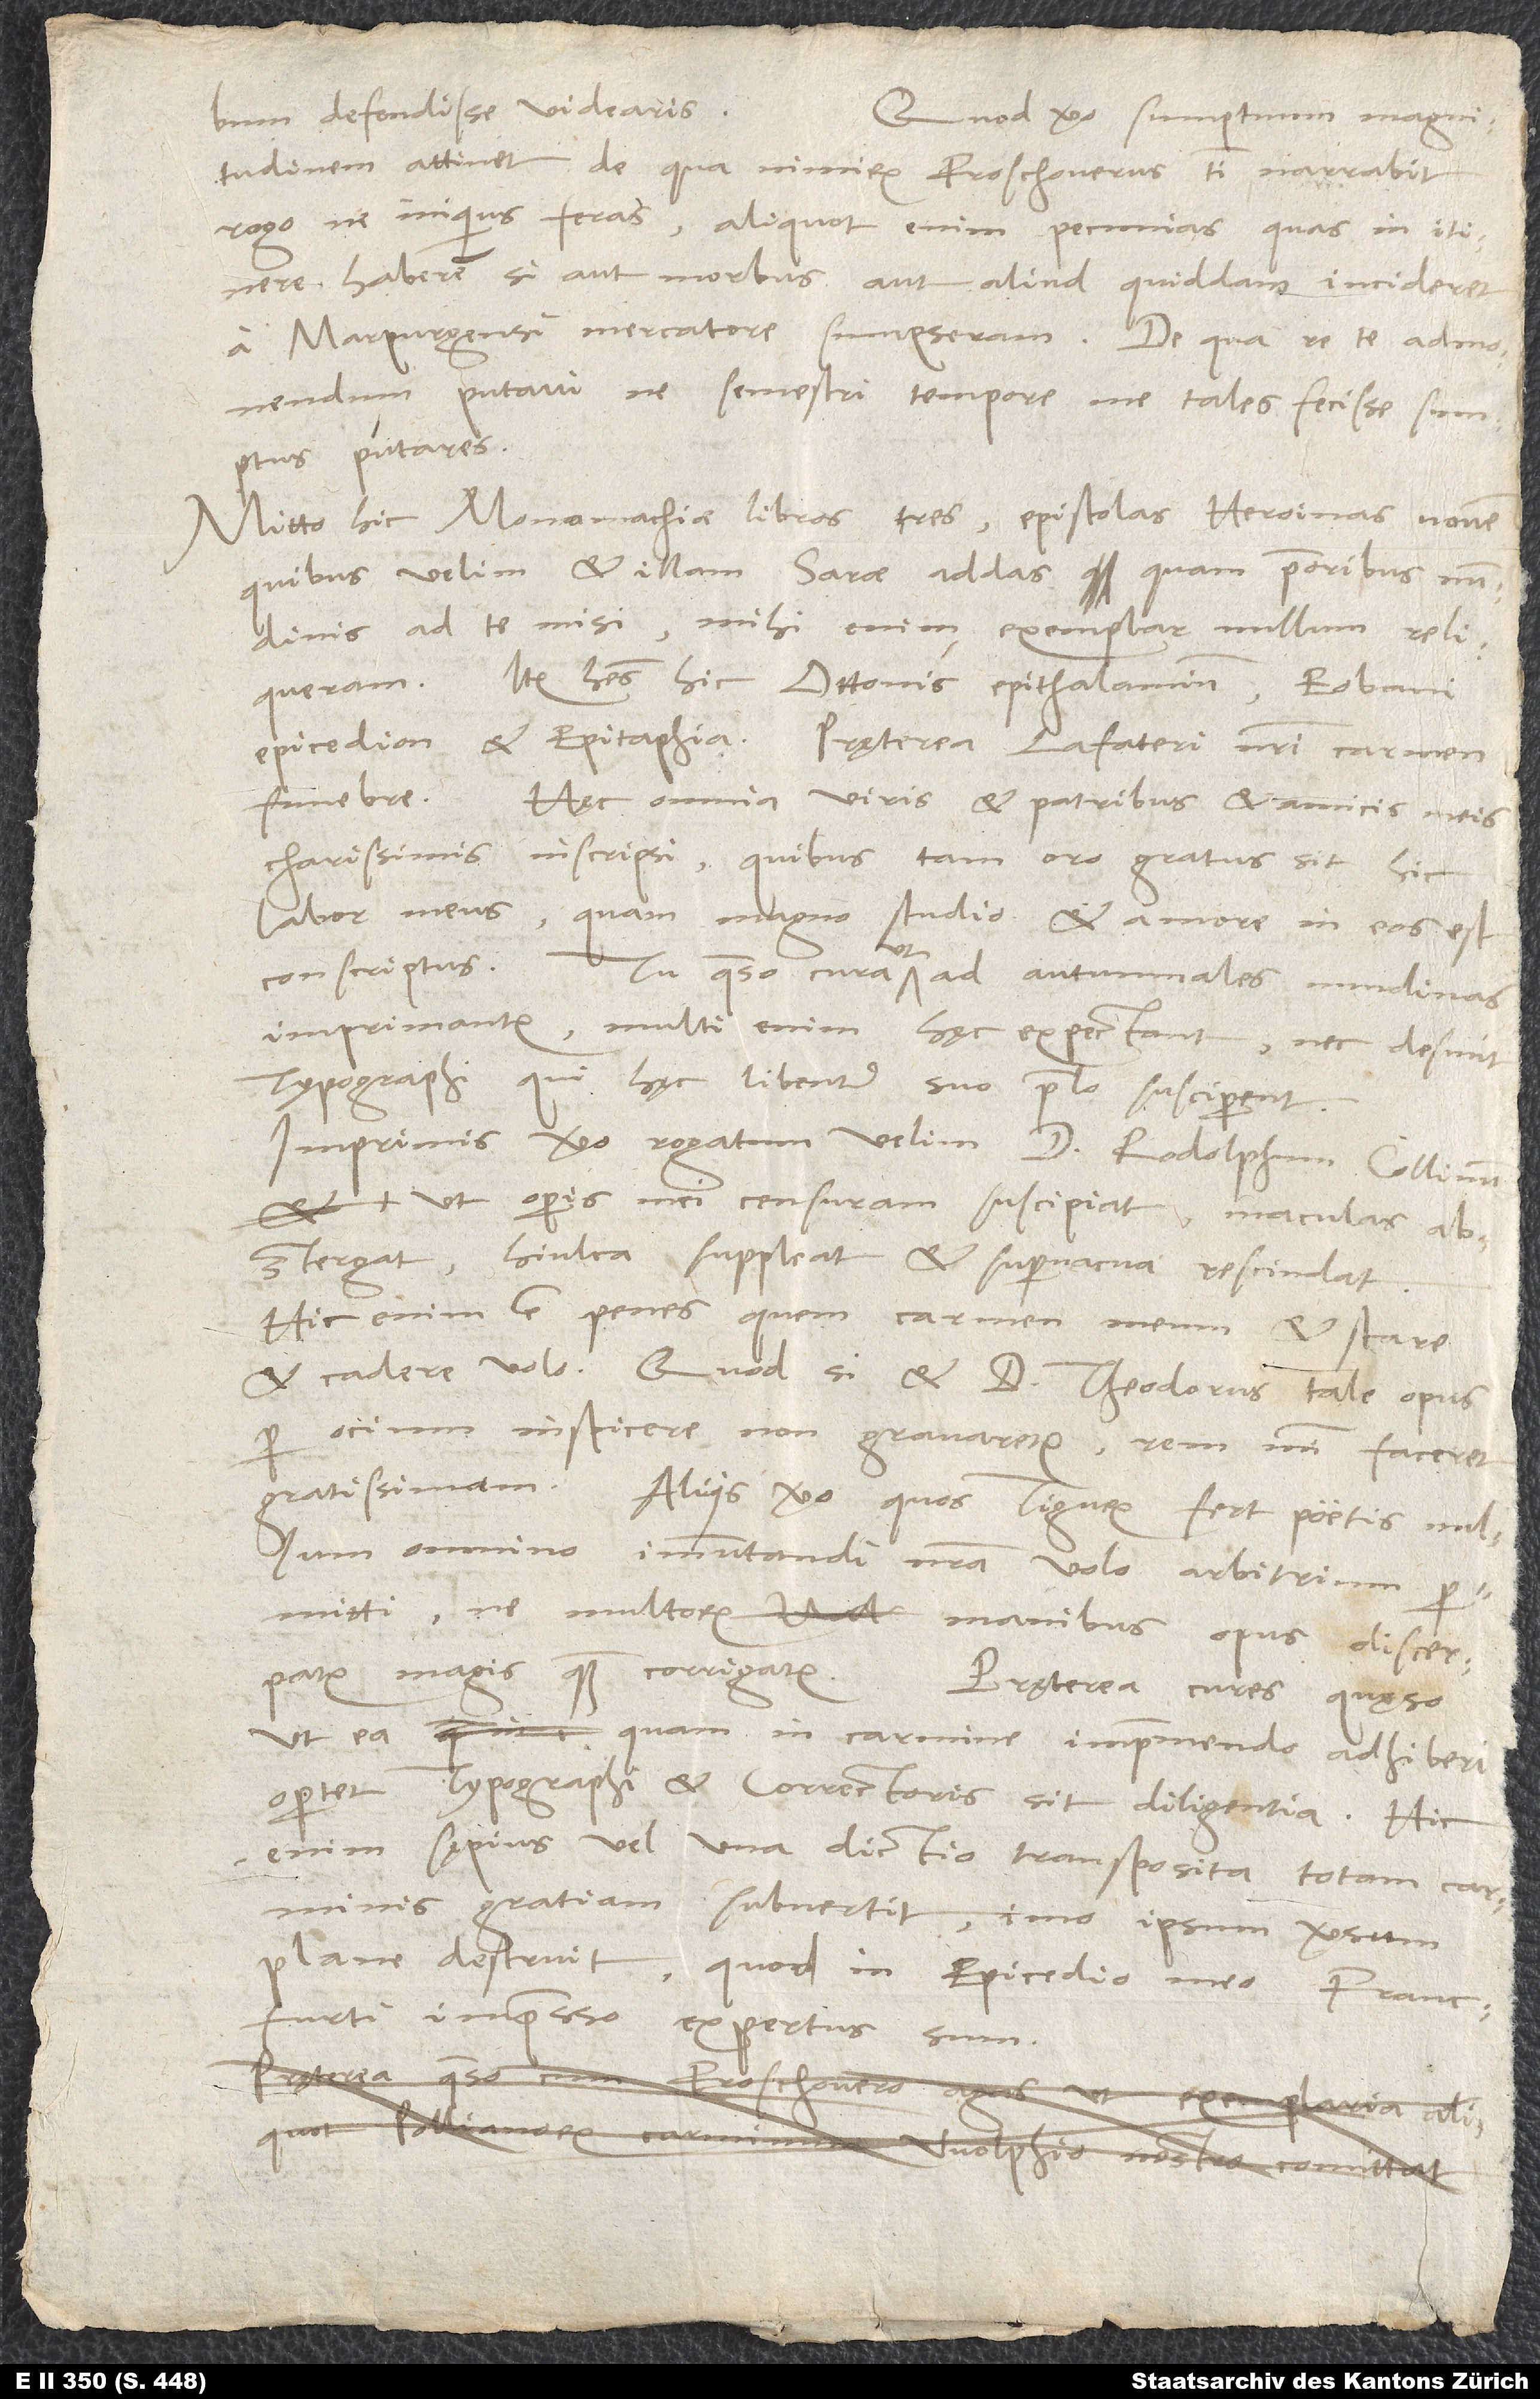
defendisse videaris.
Quod vero sumptuum magnitudinem
attinet, de qua nimirum Froschouerus tibi narrabit,
rogo, ne iniquius feras; aliquot enim pecunias, quas in itinere
haberem, si aut morbus aut aliud quiddam incideret,
a Marpurgensi mercatore sumpseram. De qua re te admonendum
putavi, ne semestre tempore me tales fecisse sumptus
putares.
Mitto hic Monomachiae libros tres, epistolas heroinas novem,
quibus vellem et illam Sarae addas, quam prioribus nundinis
ad te misi; mihi enim exemplar nullum reliqueram.
Item habes hic Ottonis epithalamium, Eobani
epicedion et epitaphia, pręterea Lafateri nostri carmen
funebre.
Hęc omnia viris et patribus et amicis meis
charissimis inscripsi, quibus tam, oro, gratus sit hic
labor meus,
quam magno studio et amore in eos est
conscriptus.
Tu, quaeso, cura, ut ad autumnales nundinas
imprimantur; multi enim hęc expectant, nec desunt
typographi, qui hęc libenter suo prelo susciperent.
Imprimis vero rogatum velim d. Rodolphum Collinum,
ut operis mei censuram suscipiat, maculas
abstergat, hiulca suppleat et supervacua rescindat.
Hic enim est, penes quem carmen meum et stare
et cadere volo. Quod si et d. Theodorus tale opus
per ocium inspicere non gravaretur, rem mihi faceret
gratissimam. Aliis vero, quos Tigurum fert, poetis nullum
omnino immutandi nostra volo arbitrium
permitti, ne multorum manibus opus discerpatur
magis quam corrigatur. Pręterea cures, quęso,
ut ea, quam in carmine imprimendo adhiberi
oportet, typographi et correctoris sit diligentia.
enim sępius vel una dictio transposita totam carminis
gratiam
subvertit, imo ipsum versum
plane destruit,
quod in epicedio meo Francfurti
expertus sum.